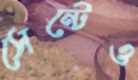
সেন্টেও